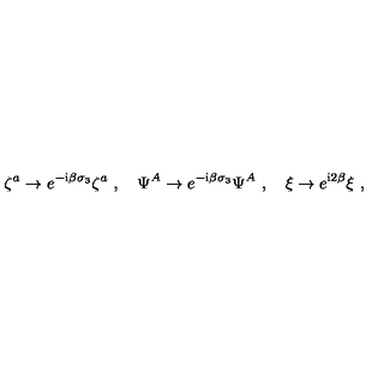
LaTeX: \zeta ^ { a } \rightarrow e ^ { - \mathrm { i } \beta \sigma _ { 3 } } \zeta ^ { a } \ , \quad \Psi ^ { A } \rightarrow e ^ { - \mathrm { i } \beta \sigma _ { 3 } } \Psi ^ { A } \ , \quad \xi \rightarrow e ^ { \mathrm { i } 2 \beta } \xi \ ,